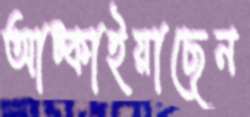
আট্‌কাইয়াছেন